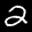
Label: 2